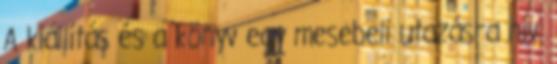
A kiállítás és a könyv egy mesebeli utazásra hív.